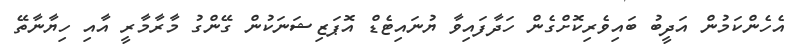
އެހެންކަމުން އަދީބު ބައިވެރިކޮށްގެން ހަދާފައިވާ ޔުނައިޓެޑް އޮޕަޒިޝަނަކުން ގޭންގު މާރާމާރީ އާއި ހިޔާނާތޭ